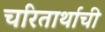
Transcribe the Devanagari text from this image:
चरितार्थाची